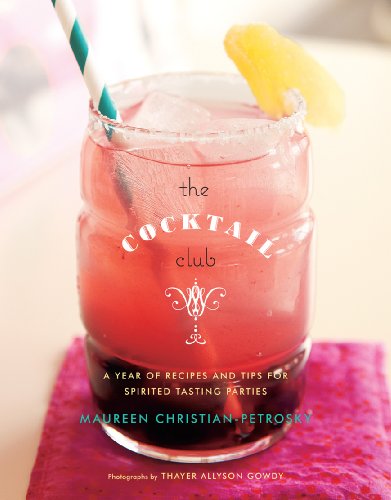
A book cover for The Cocktail Club: A Year of Recipes and Tips for Spirited Tasting Parties; Maureen Christian-Petrosky; Cookbooks, Food & Wine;